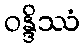
ဝန္ဒိဿံ